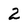
Character: 2